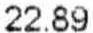
22.89